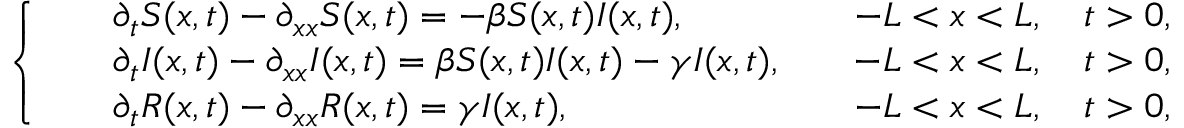
\left\{ \begin{array} { l l } { \begin{array} { r l r } & { \partial _ { t } S ( x , t ) - \partial _ { x x } S ( x , t ) = - \beta S ( x , t ) I ( x , t ) , } & { \quad - L < x < L , \quad t > 0 , } \\ & { \partial _ { t } I ( x , t ) - \partial _ { x x } I ( x , t ) = \beta S ( x , t ) I ( x , t ) - \gamma I ( x , t ) , } & { \quad - L < x < L , \quad t > 0 , } \\ & { \partial _ { t } R ( x , t ) - \partial _ { x x } R ( x , t ) = \gamma I ( x , t ) , } & { \quad - L < x < L , \quad t > 0 , } \end{array} } \end{array} \right.